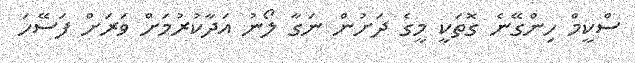
ސްކީމް ހިންގޭނެ ގޮތަކީ މީގެ ދަށުން ނަގާ ލޯނު އަދާކުރުމަށް ވަރަށް ފަސޭހަ